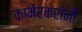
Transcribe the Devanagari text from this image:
कामेरकरांनी